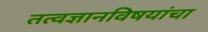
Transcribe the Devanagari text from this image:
तत्वज्ञानविषयांचा